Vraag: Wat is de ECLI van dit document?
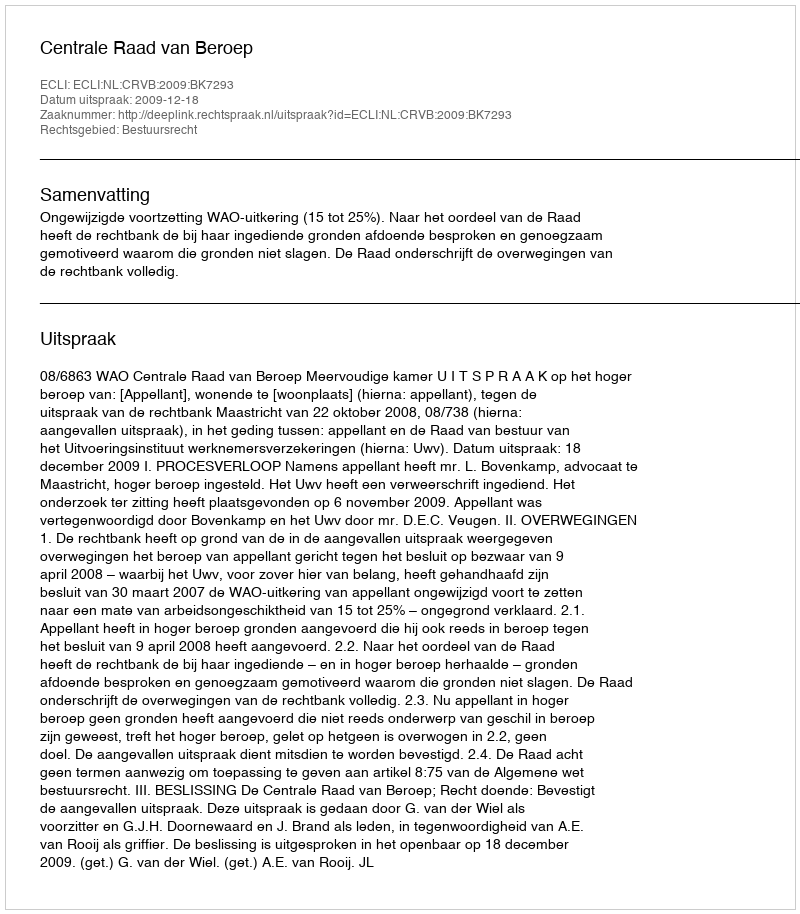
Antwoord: ECLI:NL:CRVB:2009:BK7293